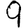
Digit: 9